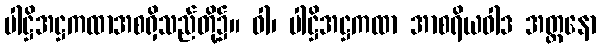
ပါဋ္ဌိအဋ္ဌကထာအစရှိသည်တို့၌။ ဝါ၊ ပါဋ္ဌိအဋ္ဌကထာ အာစရိယဝါဒ အတ္တနော